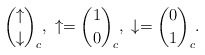
\begin{align*}{\uparrow \choose \downarrow}_c, \ \uparrow = {1 \choose 0}_c, \ \downarrow = {0\choose 1}_c .\end{align*}